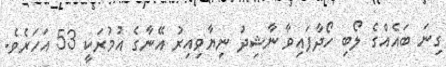
ގިނަ ބައެއްގެ ލޯބި ހޯދާފައިވާ ނާޝިދު ނިޔާވިއިރު އޭނާގެ އުމުރަކީ 53 އަހަރެވެ.